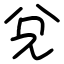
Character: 兌